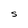
Character: S